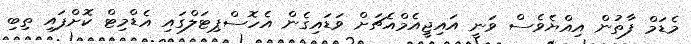
މެޑަމް ފާތުން އިއްޔެވެސް ވަނީ އައިޖީއެމްއެޗަށް ވަޑައިގެން އެހޮސްޕިޓަލްގައި އެޑްމިޓް ކޮށްފައި ތިބި